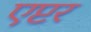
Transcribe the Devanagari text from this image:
एप्टर